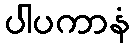
ပါပကာနံ